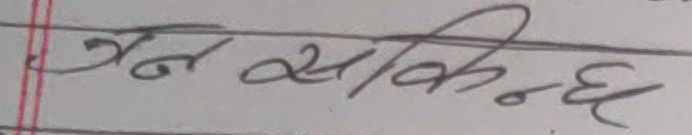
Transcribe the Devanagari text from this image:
गर्न सकिन्छ